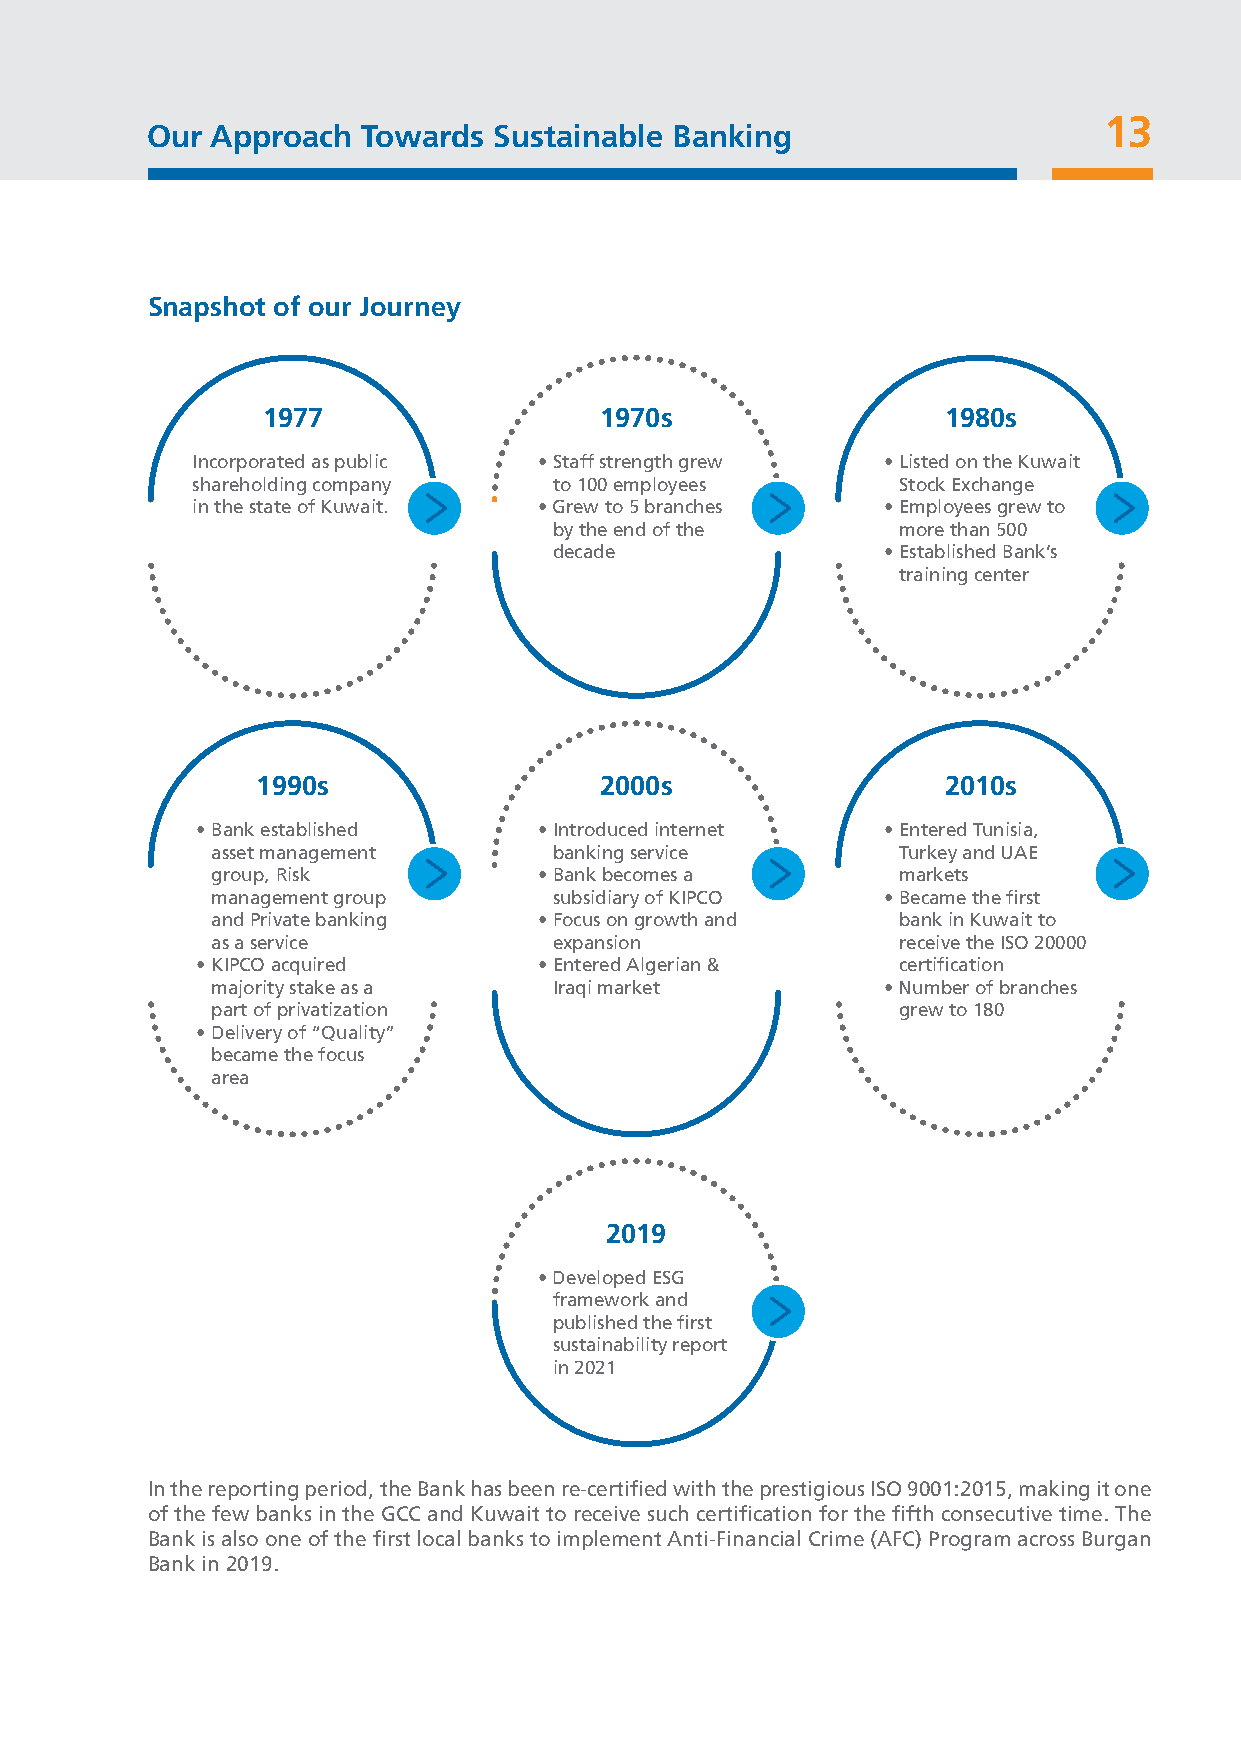
13
 Our Approach  Towards  Sustainable Banking
 Snapshot of our Journey
 1977                   1970s                  1980s
 Incorporated as public • Staff strength grew  • Listed on the Kuwait
 shareholding company    to 100 employees      Stock Exchange
 in the state of Kuwait. • Grew to 5 branches  • Employees grew to
 by the end of the     more than 500
 decade                • Established Bank’s
 training center
 1990s                  2000s                  2010s
 • Bank established     • Introduced internet  • Entered Tunisia,
 asset management       banking service       Turkey and UAE
 group, Risk           • Bank becomes a       markets
 management group       subsidiary of KIPCO   • Became the first
 and Private banking   • Focus on growth and  bank in Kuwait to
 as a service           expansion             receive the ISO 20000
 • KIPCO acquired       • Entered Algerian &   certification
 majority stake as a    Iraqi market          • Number of branches
 part of privatization                        grew to 180
 • Delivery of “Quality”
 became the focus
 area
 2019
 • Developed ESG
 framework and
 published the first
 sustainability report
 in 2021
 In the reporting period, the Bank has been re-certified with the prestigious ISO 9001:2015, making it one
 of the few banks in the GCC and Kuwait to receive such certification for the fifth consecutive time. The
 Bank is also one of the first local banks to implement Anti-Financial Crime (AFC) Program across Burgan
 Bank in 2019.